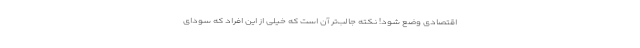
اقتصادی وضع شود! نکته جالب‌تر آن است که خیلی از این افراد که سودای